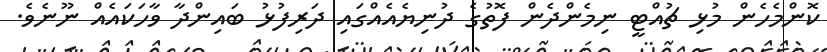
ކޮންމެހެން މުޅި ޗުއްޓީ ނިމެންދެން ފޮތުގެ ދުނިޔެއެއްގައި ދަރިފުޅު ބައިންދާ ވާހަކައެއް ނޫނެވެ.